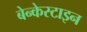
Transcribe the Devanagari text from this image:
बेन्केस्टाइन